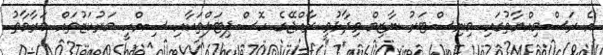
އެ ރަސްމިއްޔާތުގައި މިނިސްޓަރު ނާޒިމް ވިދާޅުވީ ރާއްޖޭގެ ހޮސްޕިޓަލްތަކާއި ސިއްހީ މަރުކަޒުތައް މަރާމާތު